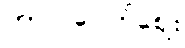
ကာလပေါက်ဈေး